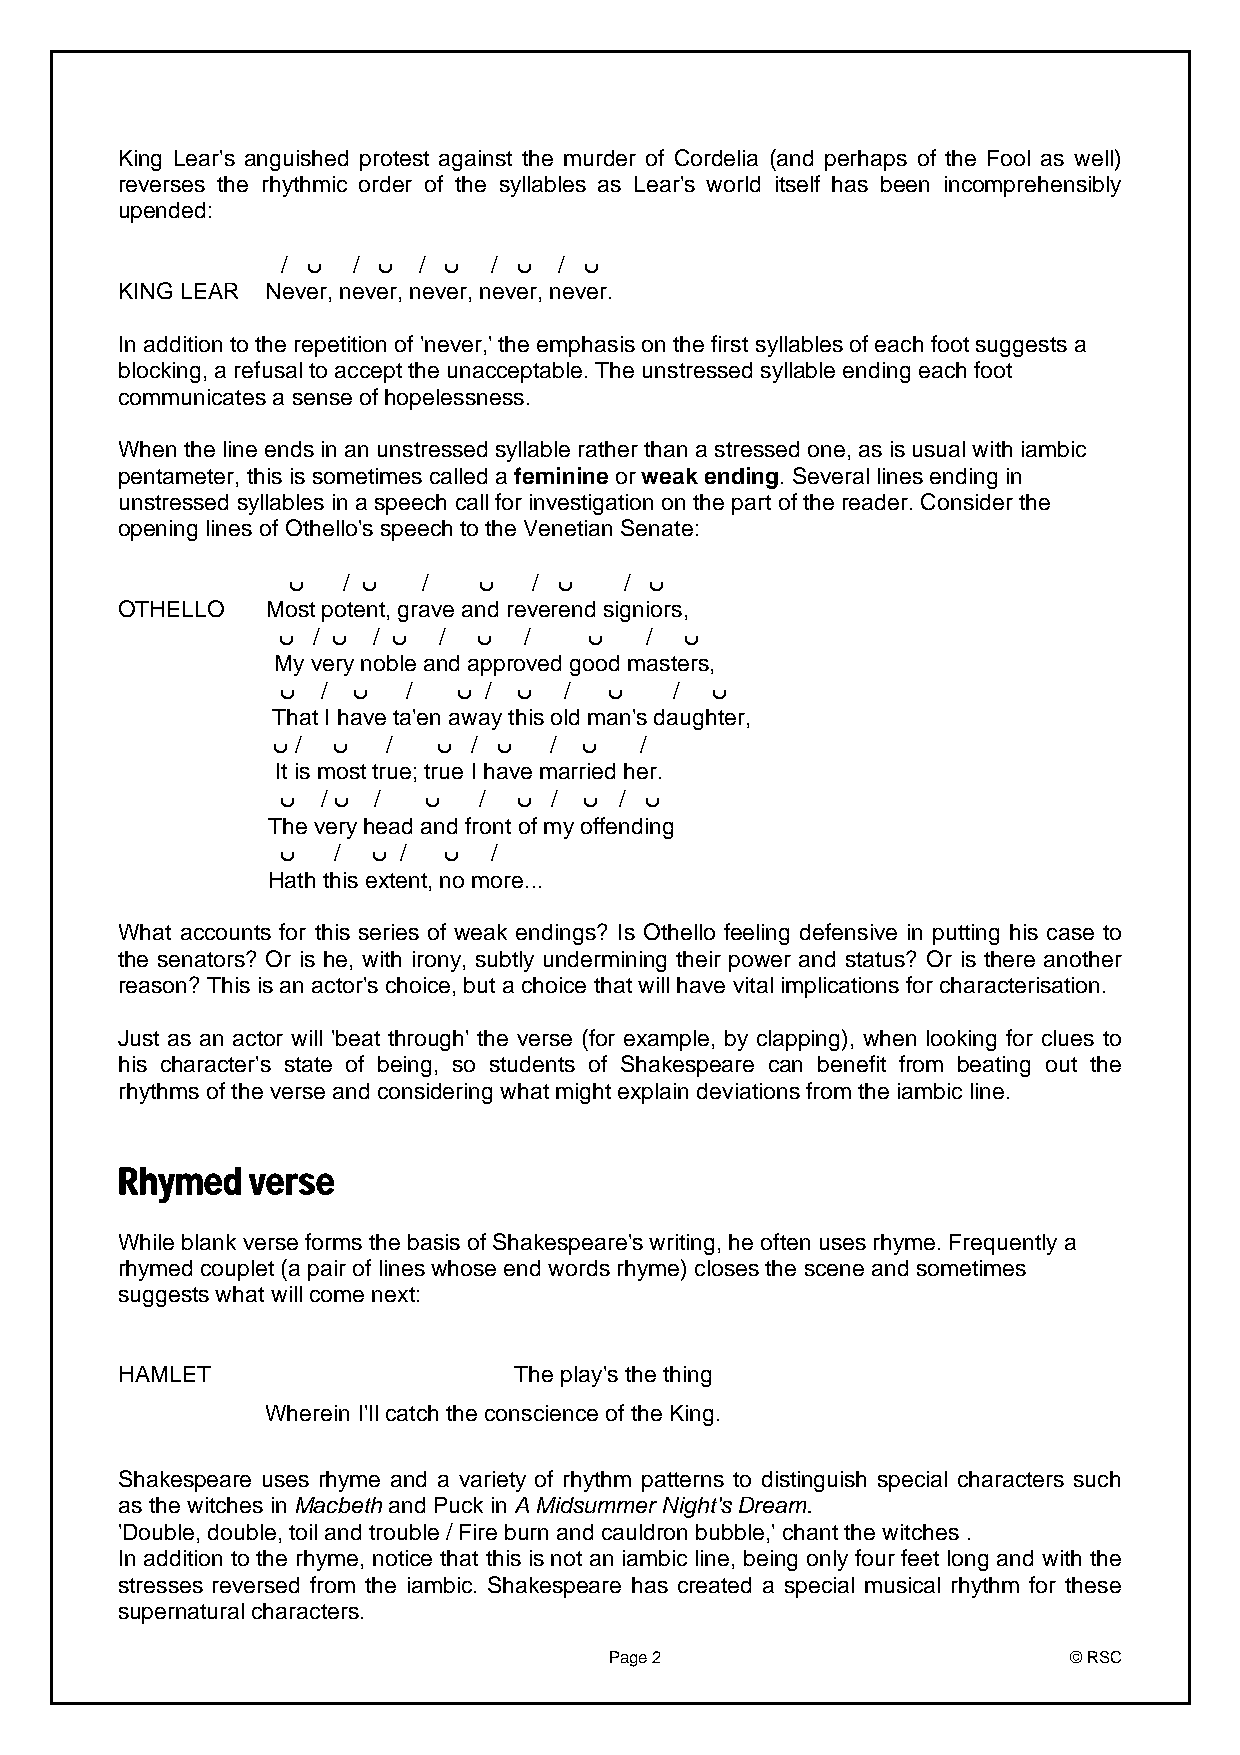
King Lear's anguished protest against the murder of Cordelia (and perhaps of the Fool as well)
 reverses the rhythmic order of the syllables as Lear's world itself has been incomprehensibly
 upended:
 / ں / ں  / ں  / ں / ں
 KING LEAR Never, never, never, never, never.
 In addition to the repetition of 'never,' the emphasis on the first syllables of each foot suggests a
 blocking, a refusal to accept the unacceptable. The unstressed syllable ending each foot
 communicates a sense of hopelessness.
 When the line ends in an unstressed syllable rather than a stressed one, as is usual with iambic
 pentameter, this is sometimes called a feminine or weak ending. Several lines ending in
 unstressed syllables in a speech call for investigation on the part of the reader. Consider the
 opening lines of Othello's speech to the Venetian Senate:
 ں   / ں  /   ں  / ں   / ں
 OTHELLO   Most potent, grave and reverend signiors,
 ں  / ں / ں /  ں  /   ں   / ں
 My very noble and approved good masters,
 ں / ں   /  ں / ں  /  ں    / ں
 That I have ta'en away this old man's daughter,
 ں / ں   /  ں / ں  /  ں  /
 It is most true; true I have married her.
 ں / ں /  ں   / ں /  ں / ں
 The very head and front of my offending
 ں  /  ں / ں   /
 Hath this extent, no more...
 What accounts for this series of weak endings? Is Othello feeling defensive in putting his case to
 the senators? Or is he, with irony, subtly undermining their power and status? Or is there another
 reason? This is an actor's choice, but a choice that will have vital implications for characterisation.
 Just as an actor will 'beat through' the verse (for example, by clapping), when looking for clues to
 his character's state of being, so students of Shakespeare can benefit from beating out the
 rhythms of the verse and considering what might explain deviations from the iambic line.
 Rhymed  verse
 While blank verse forms the basis of Shakespeare's writing, he often uses rhyme. Frequently a
 rhymed couplet (a pair of lines whose end words rhyme) closes the scene and sometimes
 suggests what will come next:
 HAMLET                    The play's the thing
 Wherein I'll catch the conscience of the King.
 Shakespeare uses rhyme and a variety of rhythm patterns to distinguish special characters such
 as the witches in Macbeth and Puck in A Midsummer Night's Dream.
 'Double, double, toil and trouble / Fire burn and cauldron bubble,' chant the witches .
 In addition to the rhyme, notice that this is not an iambic line, being only four feet long and with the
 stresses reversed from the iambic. Shakespeare has created a special musical rhythm for these
 supernatural characters.
 Page 2                         © RSC